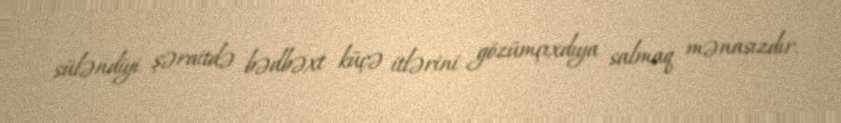
süləndiyi şəraitdə bədbəxt küçə itlərini gözümçıxdıya salmaq mənasızdır.